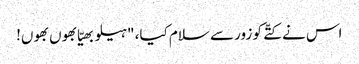
اس نے کتّے کو زور سے سلام کیا، "ہیلو بھیّا بھوں بھوں!